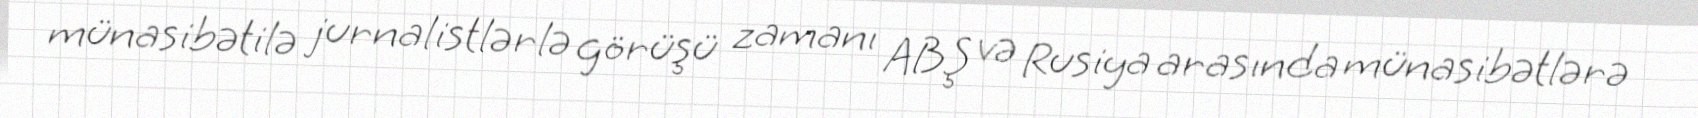
münasibətilə jurnalistlərlə görüşü zamanı ABŞ və Rusiya arasında münasibətlərə